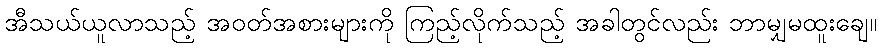
အီသယ်ယူလာသည့် အဝတ်အစားများကို ကြည့်လိုက်သည့် အခါတွင်လည်း ဘာမျှမထူးချေ။